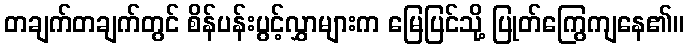
တချက်တချက်တွင် စိန်ပန်းပွင့်လွှာများက မြေပြင်သို့ ပြုတ်ကြွေကျနေ၏။